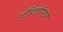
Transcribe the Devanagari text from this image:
हॉरिज़ॉण्टल